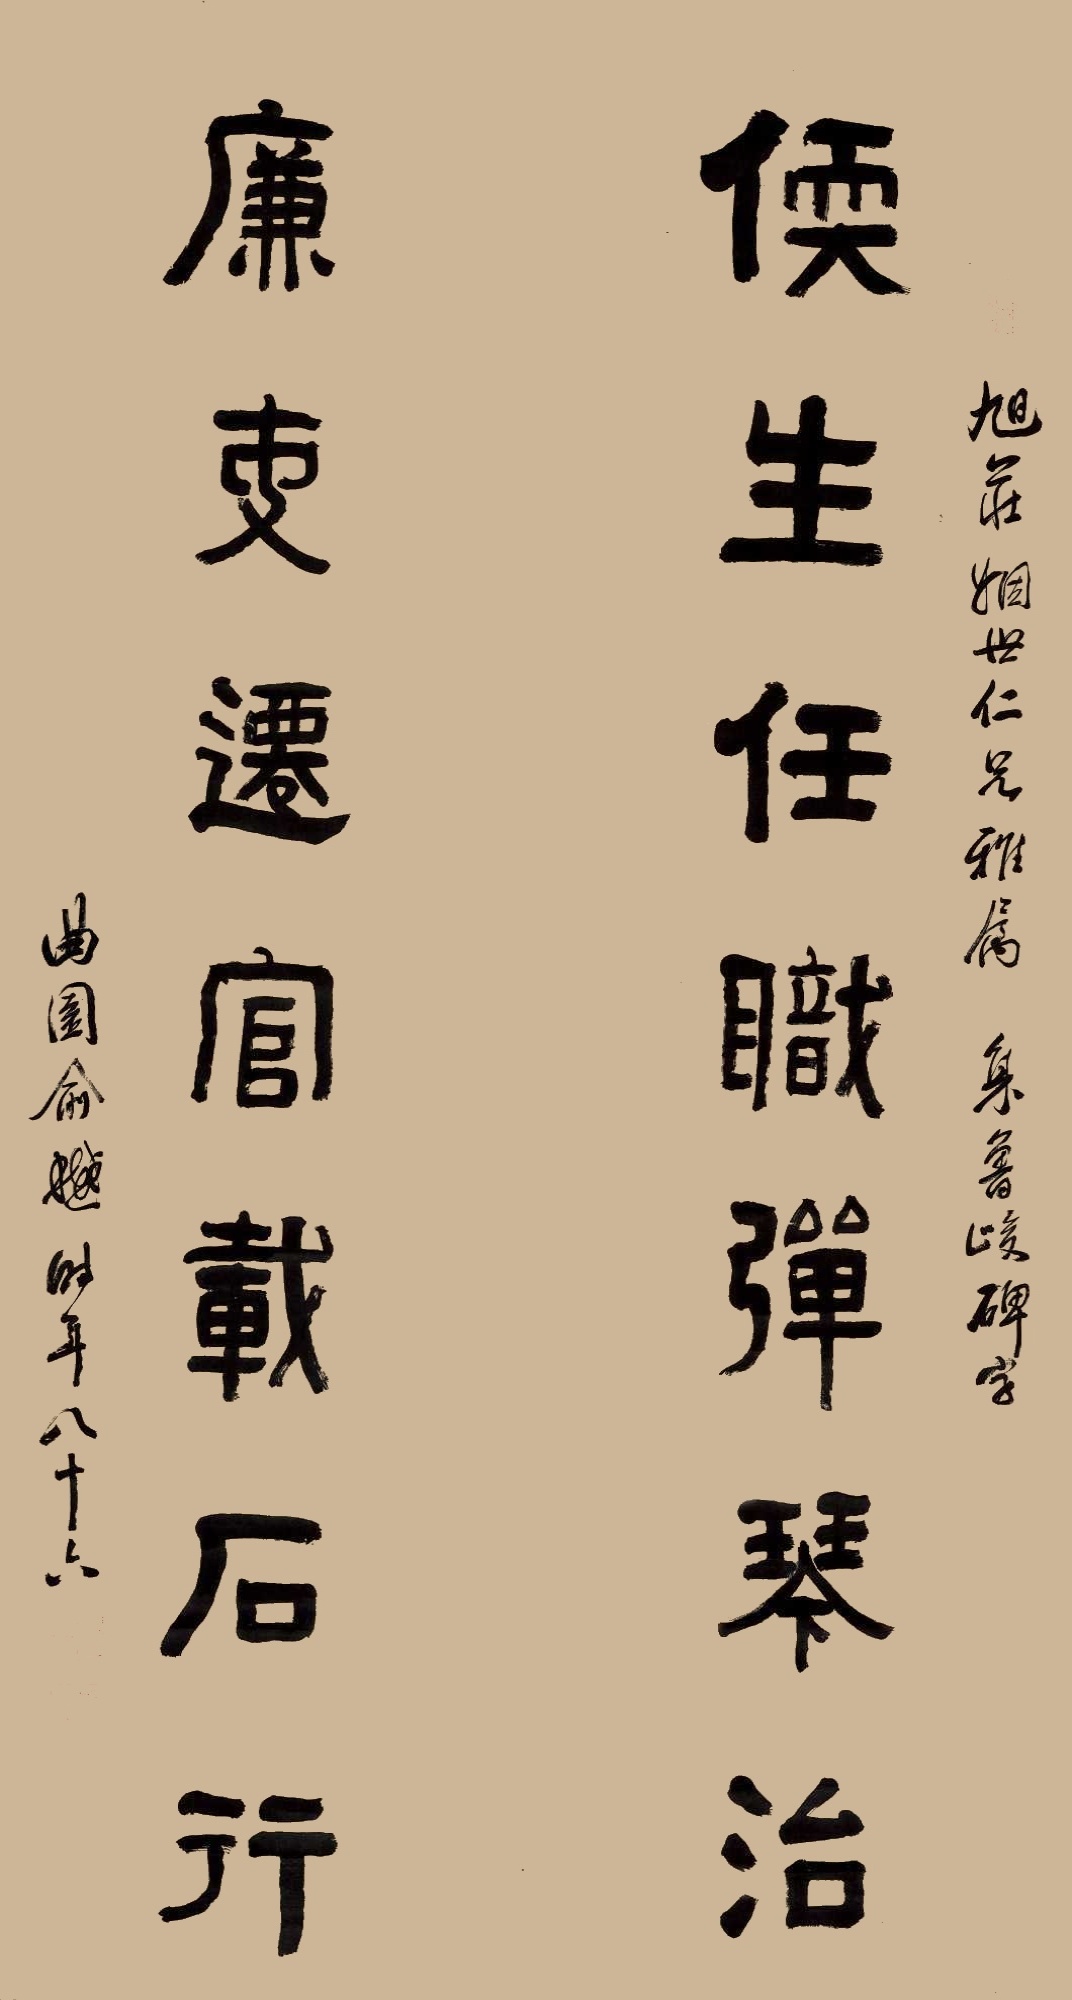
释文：儒生任职弹琴治，廉吏迁官载石行。旭庄姻世仁兄雅属，集鲁峻碑字。曲园俞樾时年八十六。